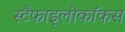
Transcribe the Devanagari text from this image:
स्टैफाइलोकॉकस